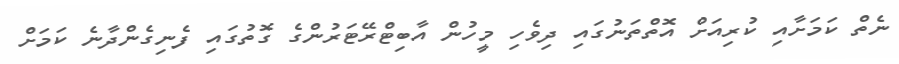
ނެތް ކަމަށާއި ކުރިއަށް އޮތްތަނުގައި ދިވެހި މީހުން އާބިޓްރޭޓަރުންގެ ގޮތުގައި ފެނިގެންދާނެ ކަމަށް